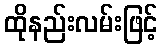
ထိုနည်းလမ်းဖြင့်